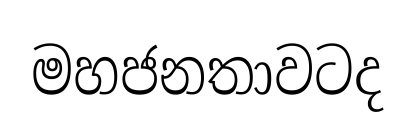
මහජනතාවටද